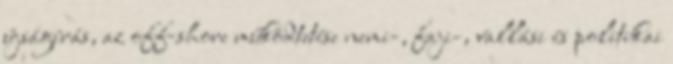
újságírás, az off-shore működtetése nemi-, faji-, vallási és politikai